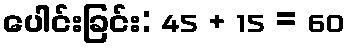
ပေါင်းခြင်း: 45 + 15 = 60